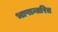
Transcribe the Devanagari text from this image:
भाषान्तरित